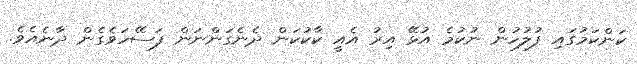
ކަންކަމުގައި ފުލުހުން ނުކުމެ އުޅޭ އިރު އެއީ ކާކުކަން ދެނެގަންނަން ފަސޭހަވެގެން ދާނެއެވެ.